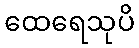
ထေရေသုပိ